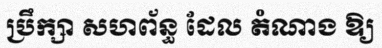
ប្រឹក្សា សហព័ន្ធ ដែល តំណាង ឱ្យ